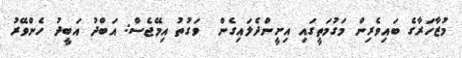
މުޒާހަރާގެ ބައިވެރިން މަގުމަތީގައި އިށީންދެލައިގެން  ވަގުތު އިމޭޖެސް: އަބްދު އަބީދު ހެންވޭރު